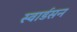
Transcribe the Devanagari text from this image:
स्वार्डसन